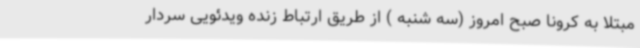
مبتلا به کرونا صبح امروز (سه شنبه ) از طریق ارتباط زنده ویدئویی سردار